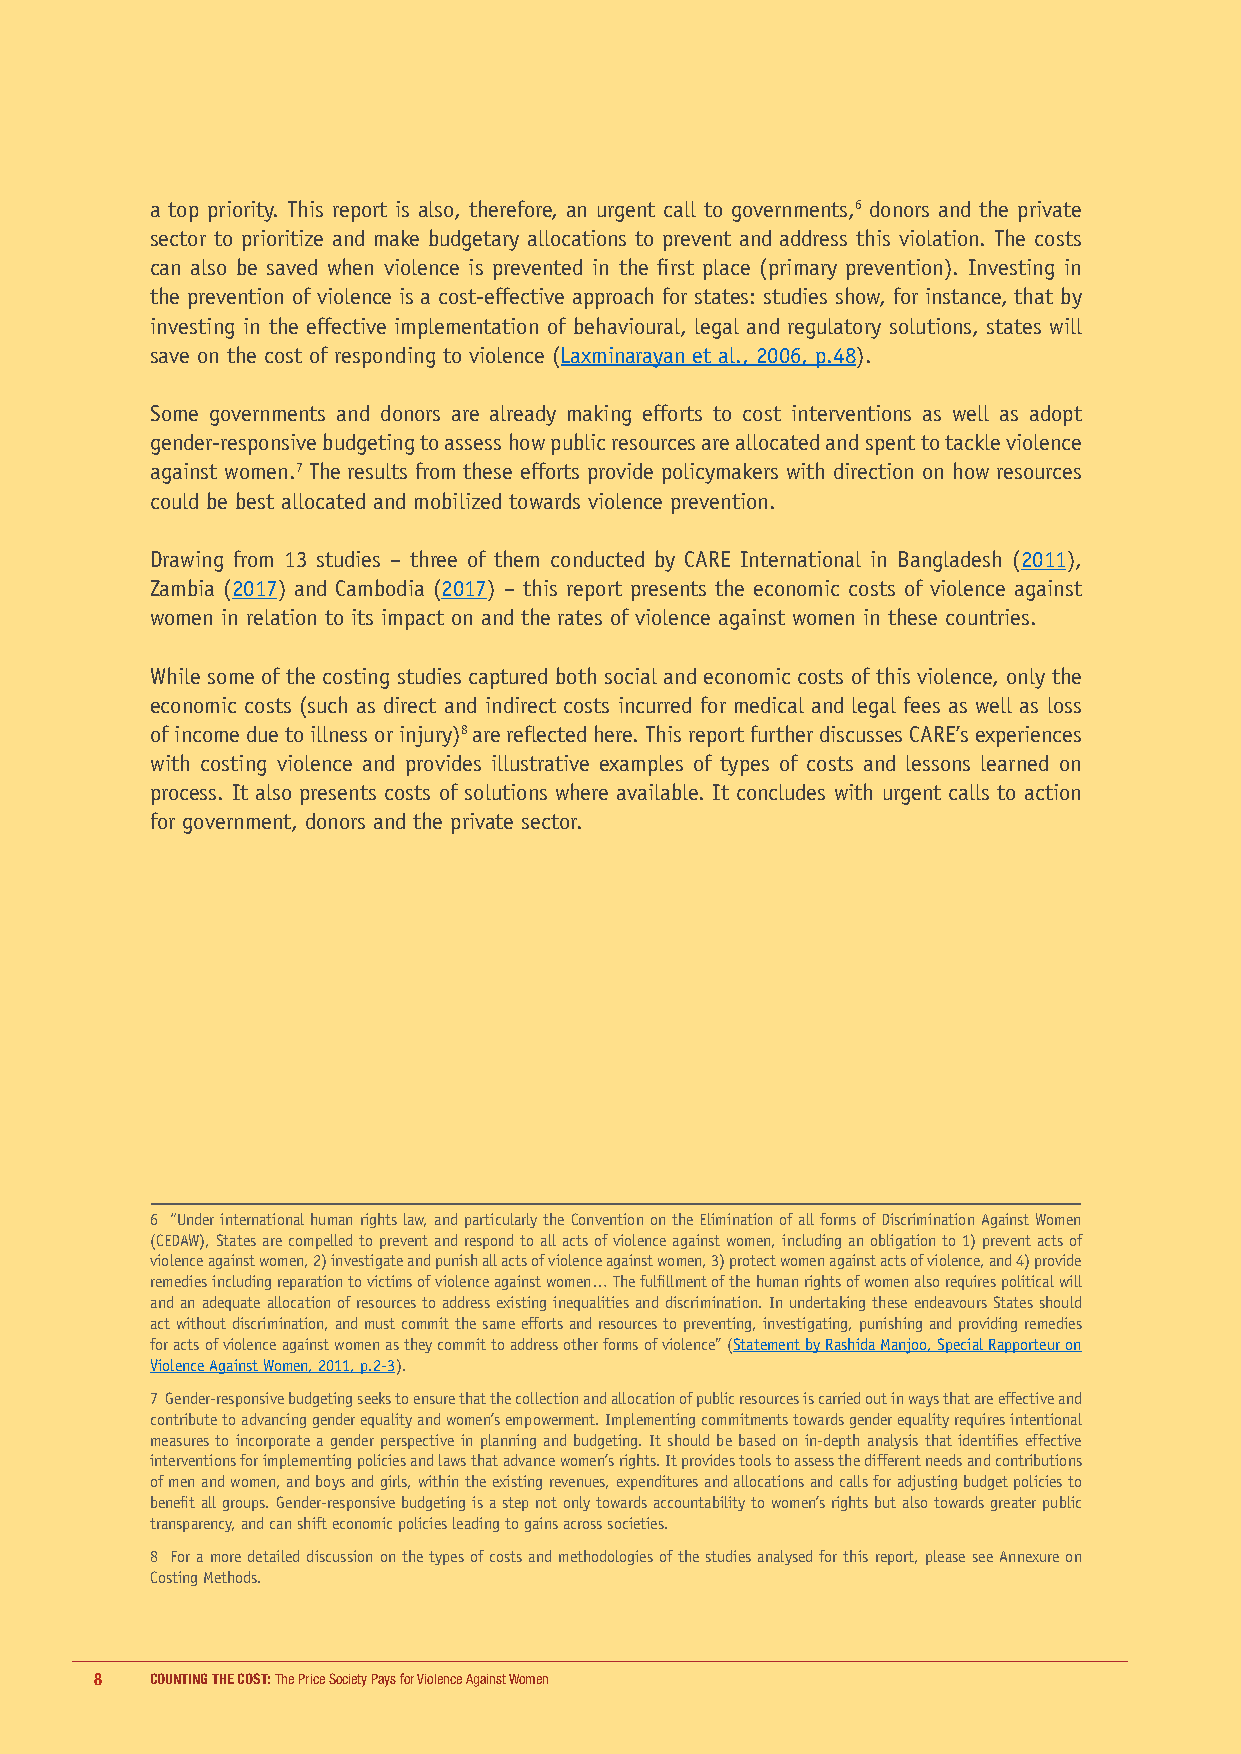
a top priority. This report is also, therefore, an urgent call to governments,6 donors and the private
 sector to prioritize and make budgetary allocations to prevent and address this violation. The costs
 can also be saved when violence is prevented in the first place (primary prevention). Investing in
 the prevention of violence is a cost-effective approach for states: studies show, for instance, that by
 investing in the effective implementation of behavioural, legal and regulatory solutions, states will
 save on the cost of responding to violence (Laxminarayan et al., 2006, p.48).
 Some governments and donors are already making efforts to cost interventions as well as adopt
 gender-responsive budgeting to assess how public resources are allocated and spent to tackle violence
 against women.7 The results from these efforts provide policymakers with direction on how resources
 could be best allocated and mobilized towards violence prevention.
 Drawing from 13 studies – three of them conducted by CARE International in Bangladesh (2011),
 Zambia (2017) and Cambodia (2017) – this report presents the economic costs of violence against
 women in relation to its impact on and the rates of violence against women in these countries.
 While some of the costing studies captured both social and economic costs of this violence, only the
 economic costs (such as direct and indirect costs incurred for medical and legal fees as well as loss
 of income due to illness or injury)8 are reflected here. This report further discusses CARE’s experiences
 with costing violence and provides illustrative examples of types of costs and lessons learned on
 process. It also presents costs of solutions where available. It concludes with urgent calls to action
 for government, donors and the private sector.
 6 “Under international human rights law, and particularly the Convention on the Elimination of all forms of Discrimination Against Women
 (CEDAW), States are compelled to prevent and respond to all acts of violence against women, including an obligation to 1) prevent acts of
 violence against women, 2) investigate and punish all acts of violence against women, 3) protect women against acts of violence, and 4) provide
 remedies including reparation to victims of violence against women… The fulfillment of the human rights of women also requires political will
 and an adequate allocation of resources to address existing inequalities and discrimination. In undertaking these endeavours States should
 act without discrimination, and must commit the same efforts and resources to preventing, investigating, punishing and providing remedies
 for acts of violence against women as they commit to address other forms of violence” (Statement by Rashida Manjoo, Special Rapporteur on
 Violence Against Women, 2011, p.2-3).
 7 Gender-responsive budgeting seeks to ensure that the collection and allocation of public resources is carried out in ways that are effective and
 contribute to advancing gender equality and women’s empowerment. Implementing commitments towards gender equality requires intentional
 measures to incorporate a gender perspective in planning and budgeting. It should be based on in-depth analysis that identifies effective
 interventions for implementing policies and laws that advance women’s rights. It provides tools to assess the different needs and contributions
 of men and women, and boys and girls, within the existing revenues, expenditures and allocations and calls for adjusting budget policies to
 benefit all groups. Gender-responsive budgeting is a step not only towards accountability to women’s rights but also towards greater public
 transparency, and can shift economic policies leading to gains across societies.
 8 For a more detailed discussion on the types of costs and methodologies of the studies analysed for this report, please see Annexure on
 Costing Methods.
 8   COUNTING THE COST: The Price Society Pays for Violence Against Women